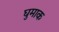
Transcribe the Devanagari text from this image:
घुमाक